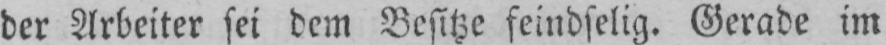
der Arbeiter sei dem Besitze feindselig. Gerade im